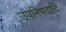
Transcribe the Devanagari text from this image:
उपनिषदादि